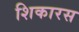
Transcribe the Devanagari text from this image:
शिकारस